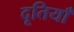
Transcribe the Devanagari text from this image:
दूतियाँ